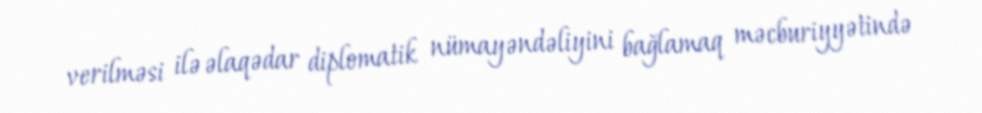
verilməsi ilə əlaqədar diplomatik nümayəndəliyini bağlamaq məcburiyyətində